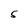
Character: 5